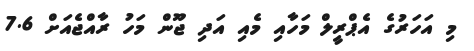
މި އަހަރުގެ އެޕްރީލް މަހާއި މެއި އަދި ޖޫން މަހު ރާއްޖެއަށް 7.6